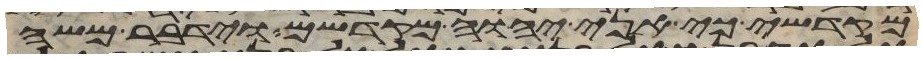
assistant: מקדשי כי אני יהוה מקדשם וידבר משה